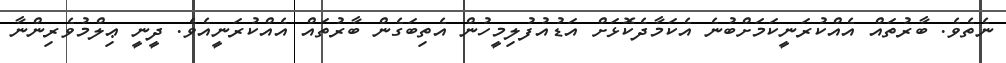
ނެތެވެ. ބާރުތައް އެއްކުރަނީކަމަށްބުނެ އެކަމާދެކޮޅަށް އަޑުއުފުލިމީހުން އެތިބަގެން ބާރުތައް އެއްކުރަނީއެވެ. ދީނީ ޢިލްމުވެރިންނާ